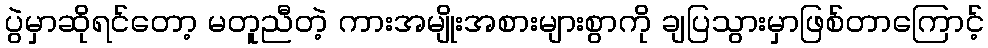
ပွဲမှာဆိုရင်တော့ မတူညီတဲ့ ကားအမျိုးအစားများစွာကို ချပြသွားမှာဖြစ်တာကြောင့်